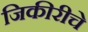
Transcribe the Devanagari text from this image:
जिकीरीचे